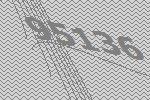
95136